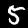
Digit: 5